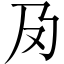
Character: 夃